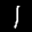
Label: 1